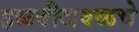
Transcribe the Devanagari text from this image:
हळदीजवळचे